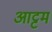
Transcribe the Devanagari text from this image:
आट्टम